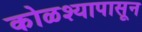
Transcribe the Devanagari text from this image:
कोळश्यापासून